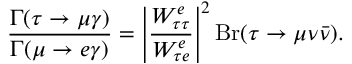
\frac { \Gamma ( \tau \rightarrow \mu \gamma ) } { \Gamma ( \mu \rightarrow e \gamma ) } = \left| \frac { W _ { \tau \tau } ^ { e } } { W _ { \tau e } ^ { e } } \right| ^ { 2 } \mathrm { B r } ( \tau \rightarrow \mu \nu \bar { \nu } ) .